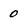
Character: 0